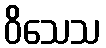
ဝိသေသ